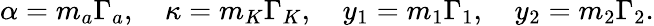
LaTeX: \alpha=m_{a}\Gamma_{a},\quad\kappa=m_{K}\Gamma_{K},\quad y_{1}=m_{1}\Gamma_{1},\quad y_{2}=m_{2}\Gamma_{2}.